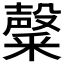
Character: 𮡑